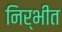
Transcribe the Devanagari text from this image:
निर्भीत